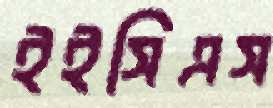
ইইসিএস